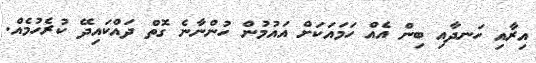
އިރާއި ހަނދާއި ބިން އެއް ހަމައަކަށް އައުމުން ހުންނާނެ ގޮތް ދައްކައިދޭ ކުރެހުމެއް.